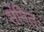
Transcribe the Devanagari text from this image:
संमितः